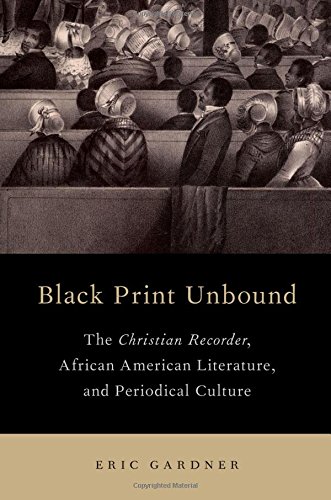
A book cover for Black Print Unbound: The Christian Recorder, African American Literature, and Periodical Culture; Eric Gardner; Christian Books & Bibles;